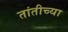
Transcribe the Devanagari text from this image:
तांतीच्या